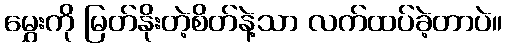
မွှေးကို မြတ်နိုးတဲ့စိတ်နဲ့သာ လက်ထပ်ခဲ့တာပဲ။